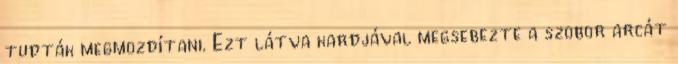
tudták megmozdítani. Ezt látva kardjával megsebezte a szobor arcát